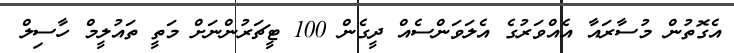
އެގޮތުން މުސާރައާ އެއްވަރުގެ އެލަވަންސެއް ދީގެން 100 ޓީޗަރުންނަށް މަތީ ތައުލީމް ހާސިލް